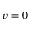
v = 0